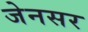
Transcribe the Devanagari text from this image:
जेनसर